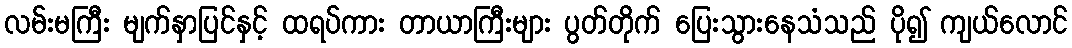
လမ်းမကြီး မျက်နှာပြင်နှင့် ထရပ်ကား တာယာကြီးများ ပွတ်တိုက် ပြေးသွားနေသံသည် ပို၍ ကျယ်လောင်